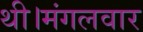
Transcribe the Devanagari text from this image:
थी।मंगलवार